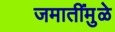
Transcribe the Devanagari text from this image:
जमातींमुळे